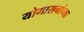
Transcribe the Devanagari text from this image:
योगासनांच्या